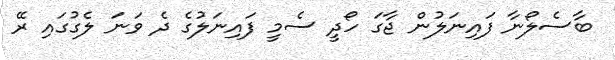
ބާސެލޯނާ ފައިނަލުން ޖާގަ ހޯދީ ސެމީ ފައިނަލުގެ ދެ ވަނަ ލެގުގައި ރޭ